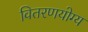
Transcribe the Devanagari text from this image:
वितरणयोग्य